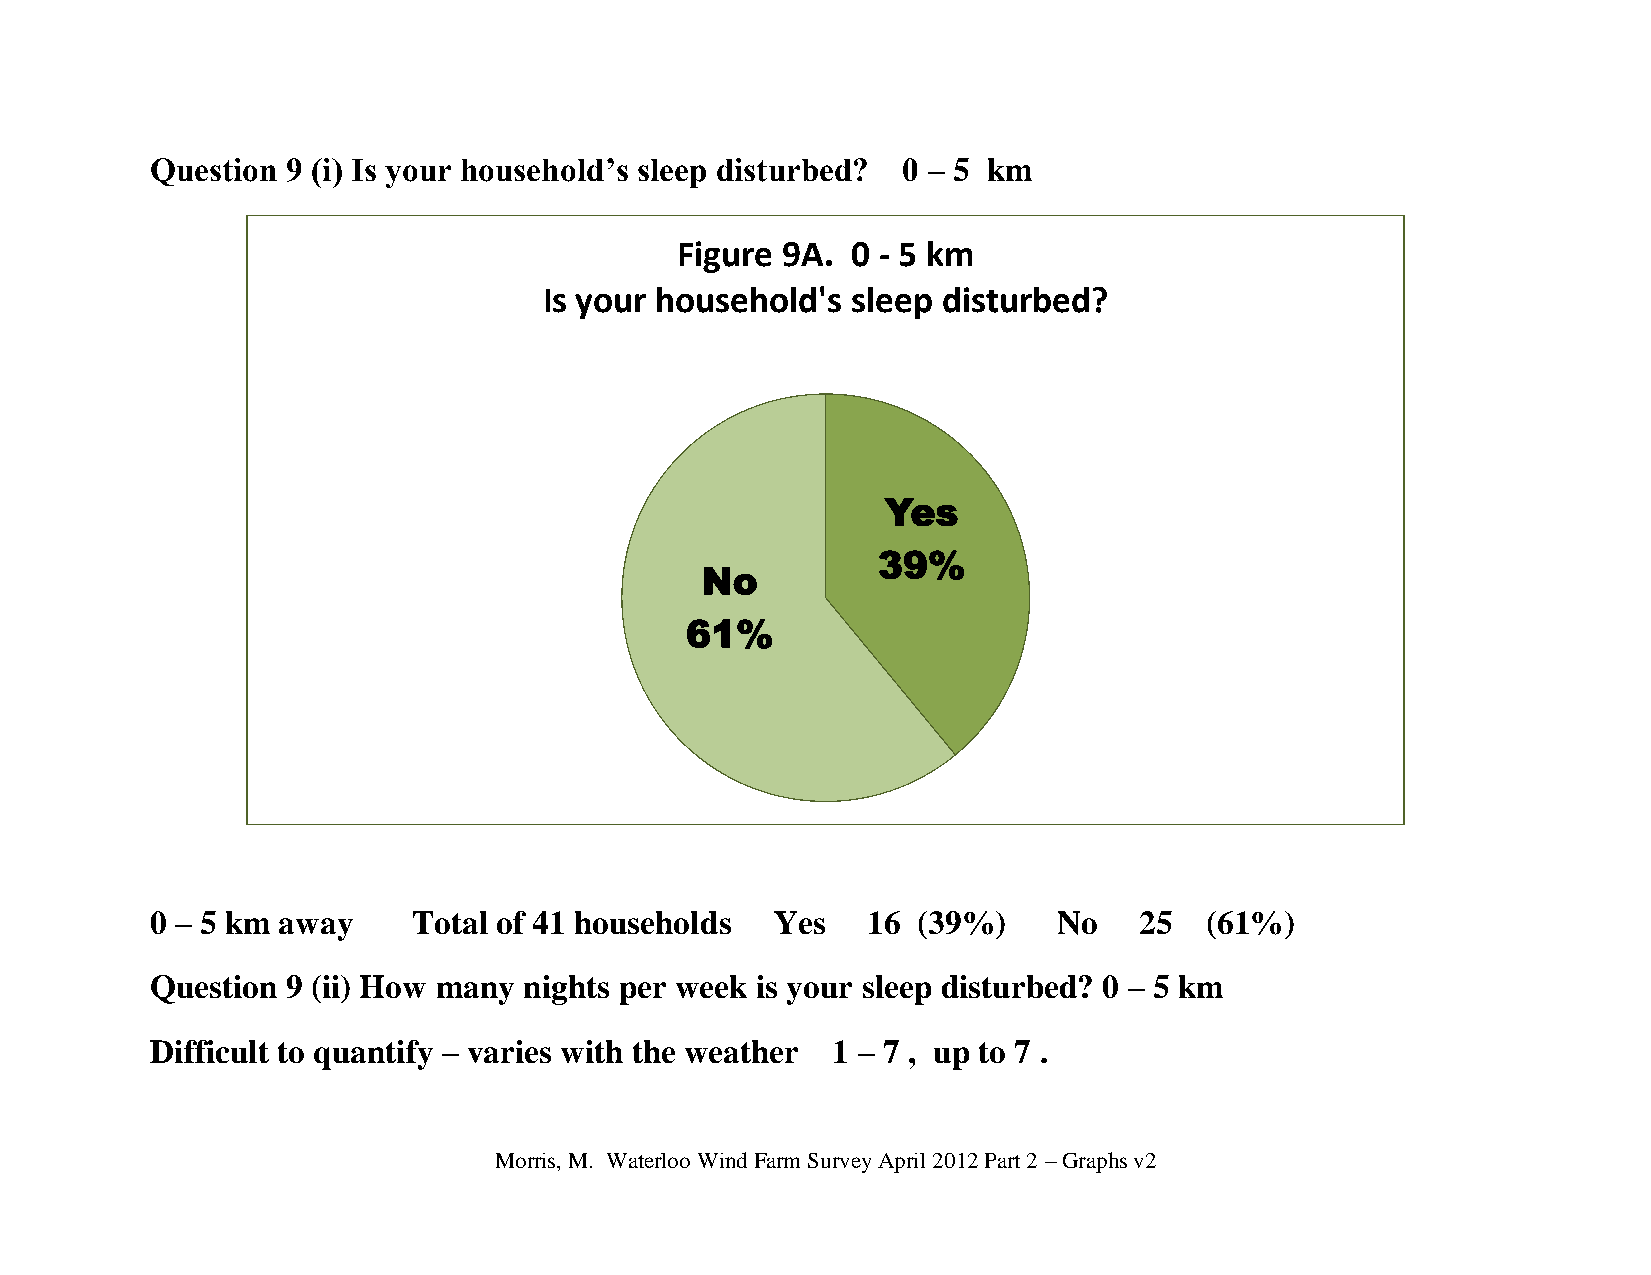
Question 9 (i) Is your household’s sleep disturbed? 0 – 5 km
 Figure 9A. 0 - 5 km
 Is your household's sleep disturbed?
 Yes
 39%
 No
 61%
 0 – 5 km away    Total of 41 households  Yes   16  (39%)    No   25   (61%)
 Question 9 (ii) How many nights per week is your sleep disturbed? 0 – 5 km
 Difficult to quantify – varies with the weather 1 – 7 , up to 7 .
 Morris, M. Waterloo Wind Farm Survey April 2012 Part 2 – Graphs v2